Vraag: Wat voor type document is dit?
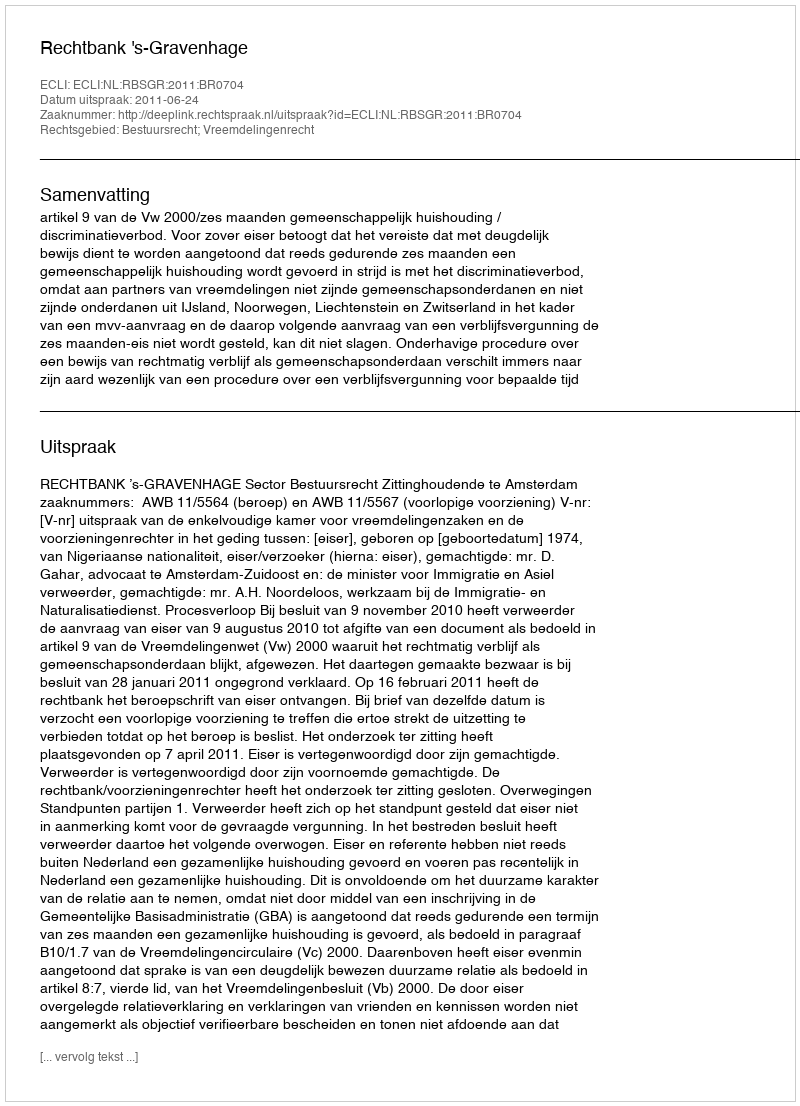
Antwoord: Uitspraak